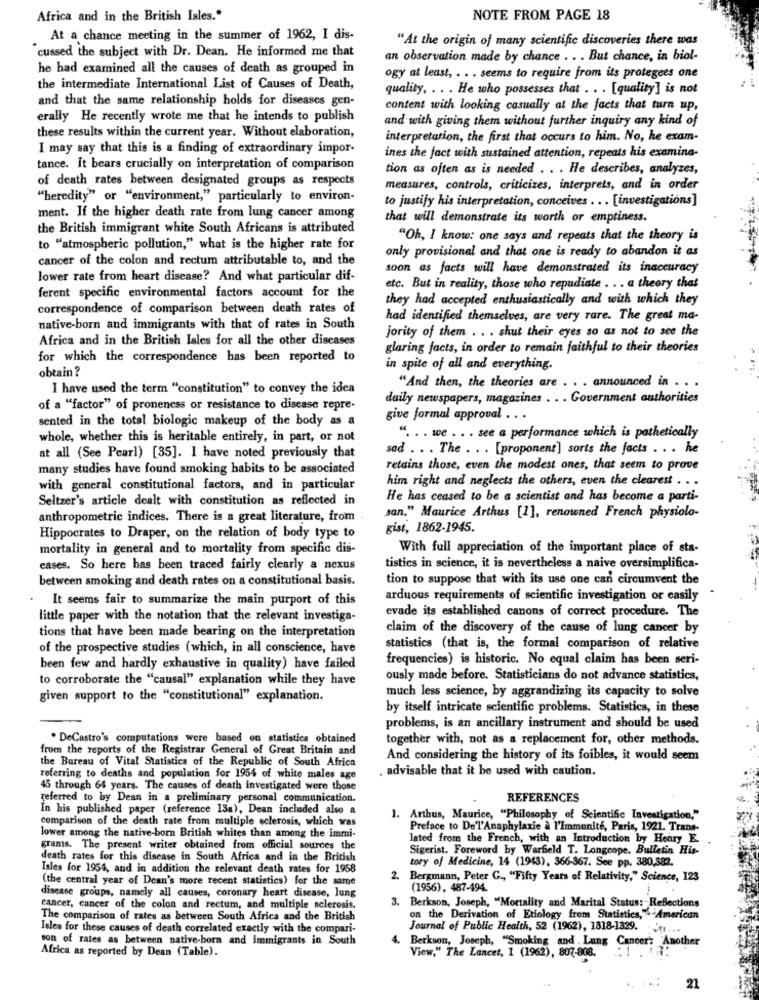
Africa and in the British Isles."
NOTE FROM PAGE 18
At a chance meeting in the summer of 1962, I dis-
"At the origin of many scientific discoveries there was
cussed the subject with Dr. Dean. He informed me that
an observation made by chance .. . But chance, in biol-
he had examined all the causes of death as grouped in
ogy at least, . . . seems to require from its protegees one
the intermediate International List of Causes of Death,
quality, . . . He who possesses that . . . [quality] is not
and that the same relationship holds for diseases gen-
content with looking casually at the facts that turn up,
erally He recently wrote me that he intends to publish
and with giving them without further inquiry any kind of
these results within the current year. Without elaboration,
interpretation, the first that occurs to him. No, he exam-
I may say that this is a finding of extraordinary impor-
ines the fact with sustained attention, repeats his examina-
tance. It bears crucially on interpretation of comparison
tion as often as is needed . . . He describes, analyzes,
of death rates between designated groups as respects
measures, controls, criticizes, interprets, and in order
"heredity" or "environment," particularly to environ-
to justify his interpretation, conceives . .. [investigations]
ment. If the higher death rate from lung cancer among
that will demonstrate its worth or emptiness.
the British immigrant white South Africans is attributed
"Oh, I know: one says and repeats that the theory is
to "atmospheric pollution," what is the higher rate for
only provisional and that one is ready to abandon it as
cancer of the colon and rectum attributable to, and the
soon as facts will have demonstrated its inaccuracy
lower rate from heart disease? And what particular dif-
etc. But in reality, those who repudiate . . . a theory that
ferent specific environmental factors account for the
they had accepted enthusiastically and with which they
correspondence of comparison between death rates of
had identified themselves, are very rare. The great ma-
native-born and immigrants with that of rates in South
jority of them . . . shut their eyes so as not to see the
Africa and in the British Isles for all the other diseases
glaring facts, in order to remain faithful to their theories
for which the correspondence has been reported to
obtain?
in spite of all and everything.
I have used the term "constitution" to convey the idea
"And then, the theories are . . . announced in . . .
daily newspapers, magazines . . . Government authorities
of a "factor" of proneness or resistance to disease repre-
sented in the total biologic makeup of the body as a
give formal approval ..
whole, whether this is heritable entirely, in part, or not
". .. we . . . see a performance which is pathetically
sad . . . The . . . [proponent] sorts the facts . . . he
at all (See Pearl) [35]. I have noted previously that
many studies have found smoking habits to be associated
retains those, even the modest ones, that seem to prove
him right and neglects the others, even the clearest . . .
with general constitutional factors, and in particular
Seltzer's article dealt with constitution as reflected in
He has ceased to be a scientist and has become a parti-
anthropometric indices. There is a great literature, from .
san." Maurice Arthus [1], renowned French physiolo-
gist, 1862-1945.
Hippocrates to Draper, on the relation of body type to
mortality in general and to mortality from specific dis-
With full appreciation of the important place of sta-
cases, So here has been traced fairly clearly a nexus
tistics in science, it is nevertheless a naive oversimplifica-
between smoking and death rates on a constitutional basis.
tion to suppose that with its use one can circumvent the
It seems fair to summarize the main purport of this
arduous requirements of scientific investigation or easily
evade its established canons of correct procedure. The
little paper with the notation that the relevant investiga-
claim of the discovery of the cause of lung cancer by
tions that have been made bearing on the interpretation
of the prospective studies (which, in all conscience, have
statistics (that is, the formal comparison of relative
frequencies) is historic. No equal claim has been seri-
been few and hardly exhaustive in quality) have failed
to corroborate the "causal" explanation while they have
ously made before. Statisticians do not advance statistics,
much less science, by aggrandizing its capacity to solve
given support to the "constitutional" explanation.
by itself intricate scientific problems. Statistics, in these
problems, is an ancillary instrument and should be used
. DeCastro's computations were based on statistics obtained
together with, not as a replacement for, other methods.
from the reports of the Registrar General of Great Britain and
the Bureau of Vital Statistics of the Republic of South Africa
And considering the history of its foibles, it would seem
. advisable that it be used with caution.
referring to deaths and population for 1954 of white males age
45 through 64 years. The causes of death investigated were those
referred to by Dean in a preliminary personal communication.
REFERENCES
In his published paper (reference 13a), Dean included also a
comparison of the death rate from multiple sclerosis, which was
1. Arthus, Maurice, "Philosophy of Scientific Investigation,"
Preface to De'l'Anaphylaxie à l'Immunité, Paris, 1921. Trans-
lower among the native-born British whites than among the immi-
lated from the French, with an Introduction by Henry E.
grants. The present writer obtained from official sources the
Sigerist. Foreword by Warfield T. Longcope. Bulletin His-
death rates for this disease in South Africa and in the British
tory of Medicine, 14 (1943), 366-367. See pp. 380,382.
Isles for 1954, and in addition the relevant death rates for 1958
(the central year of Dean's more recent statistics) for the same
2. Bergmann, Peter G ., "Fifty Years of Relativity," Science, 123
(1956), 487-494.
disease groups, namely all causes, coronary heart disease, lung
cancer, cancer of the colon and rectum, and multiple sclerosis.
3. Berkson, Joseph, "Mortality and Marital Status: " Reflections
The comparison of rates as between South Africa and the British
on the Derivation of Etiology from Statistics,"-American
Isles for these causes of death correlated exactly with the compari-
Journal of Public Health, 52 (1962), 1818-1329. . ...
son of rates as between native-born and immigrants in South
4. Berkson, Joseph, "Smoking and . Lung Cancer': 'Another
Africa as reported by Dean (Table).
View," The Lancet, 1 (1962), 807-808.
21